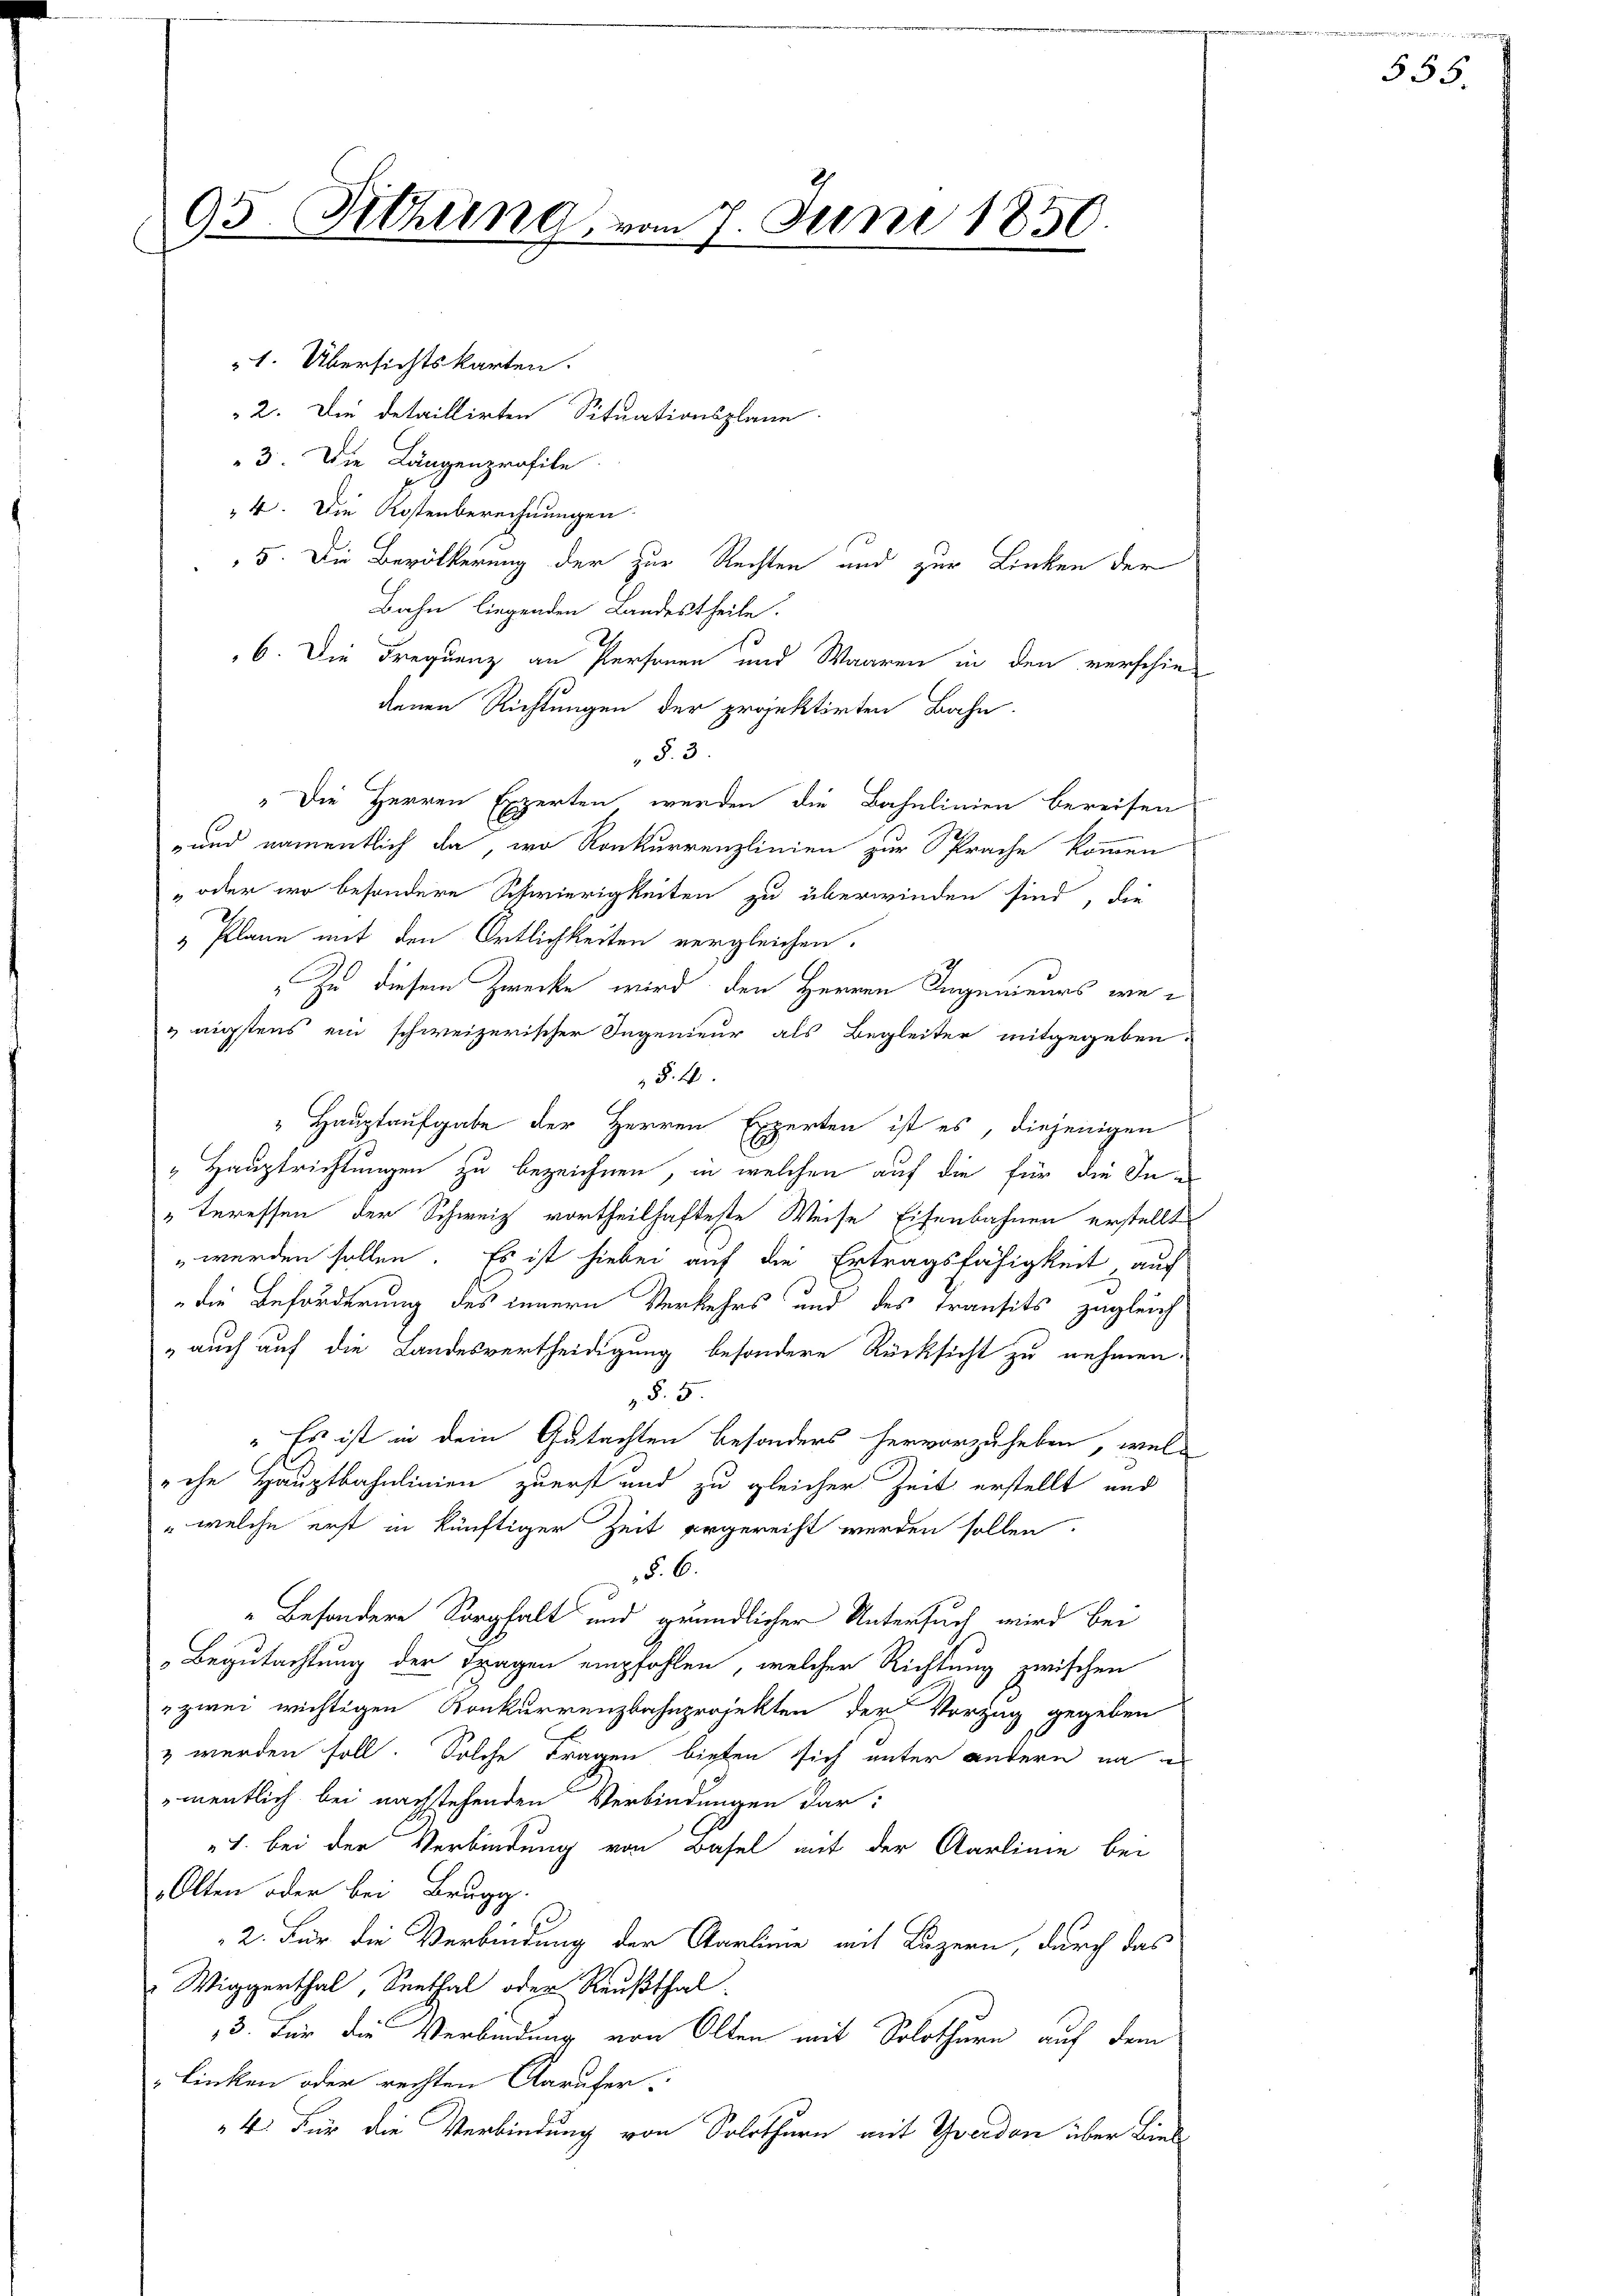
93. Sitzung, vom 7. Juni 1850.

1. Übersichtskarten.
2. Die detaillirten Situationsplane
3. Die Längenprofile
4. Die Kostenberechnungen
5. Die Bevölkerung der zur Rechten und zur Linken der
Bahn liegenden Landestheile.
6. Die Frequenz an Personen und Waaren in den verschie-
denen Richtungen der projektirten Bahn.
§. 3
"Die Herren Experten werden die Bahnlinien bereisen
und namentlich da, wo Ronkurrenzlinien zur Sprache kommen
" oder wo besondere Schwierigkeiten zu überwinden sind, die
"Plane mit den Ortlichkeiten vergleichen.
Zu diesem Zwecke wird den Herren Ingenieurs wenigstens ein schweizerischer Ingenieur als Begleiter mitgegeben.
§. 4.
" Hauptaufgabe der Herren Experten ist es, diejenigen
„Hauptrichtungen zu bezeichnen, in welchen auf die für die In¬
"teressen der Schweiz vortheilhafteste Weise Eisenbahnen erstellt
 werden sollen. Es ist hiebei auf die Ertragsfähigkeit, auf
die Beförderung des innern Verkehrs und des Transits zugleich
 auch auf die Landesvertheidigung besondere Rücksicht zu nehmen:
§. 5
" Es ist in dein Gutachten besonders hervorzuheben, wel¬
"ihe Hauptbahnlinien zuerst und zu gleicher Zeit erstellt und
" welche erst in künftiger Zeit ergerecht werden sollen.
§. 6.
" besondere Sorgfalt und gründlicher Untersuch wird bei
Begutachtung der Fragen empfohlen, welcher Richtung zwischen
" zwei wichtigen Konkurrenzbahnprojekten der Vorzug gegeben
& werden soll. Solche Fragen bieten sich unter andern na
mentlich bei nachstehenden Verbindungen dar-
7. bei der Verbindung von Basel mit der Carlinie bei
Olten oder bei Brugg
2. Für die Verbindung der Carlinie mit Luzern, durch das
 Wiggerthal, Senthal oder Reußthal¬
3. Für die Verbindung von Olten mit Solothurn auf dem
Linken oder rechten Anrufer.
4. Für die Verbindung von Solothurn mit Yverden über Biel

555.